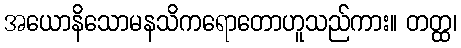
အယောနိသောမနသိကရောတောဟူသည်ကား။ တတ္ထ၊